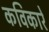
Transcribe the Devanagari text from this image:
कविकारे